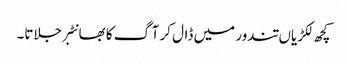
کچھ لکڑیاں تندور میں ڈال کر آگ کا بھانٹبر جلاتا۔